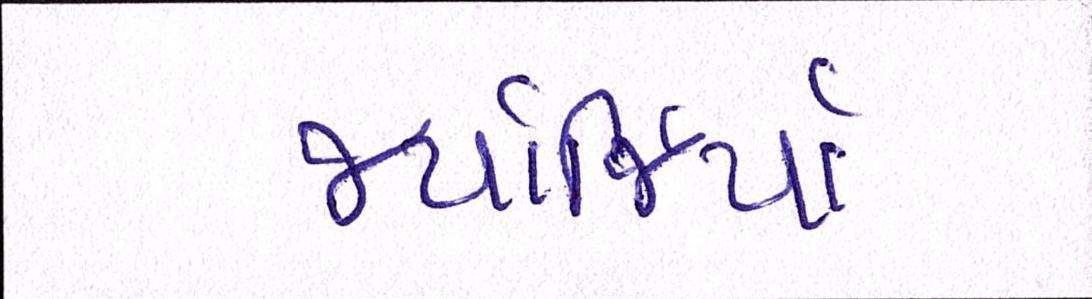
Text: જ્યોર્જિયાં